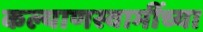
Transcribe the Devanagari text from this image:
कल्याणस्वामींच्या